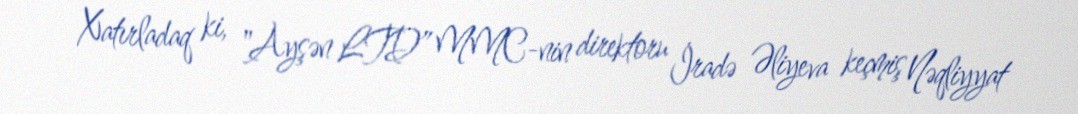
Xatırladaq ki, "Ayşən LTD” MMC-nin direktoru İradə Əliyeva keçmiş Nəqliyyat